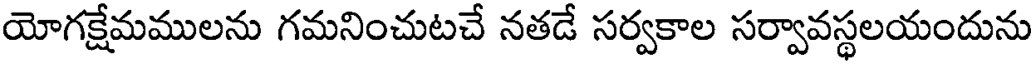
యోగక్షేమములను గమనించుటచే నతడే సర్వకాల సర్వావస్థలయందును